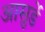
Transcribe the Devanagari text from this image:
आसुर्डे